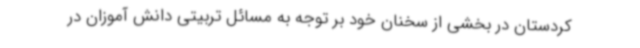
کردستان در بخشی از سخنان خود بر توجه به مسائل تربیتی دانش آموزان در